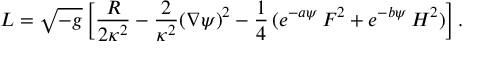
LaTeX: L = { \sqrt { - g } } \left[ { \frac { R } { 2 \kappa ^ { 2 } } } - { \frac { 2 } { \kappa ^ { 2 } } } ( \nabla \psi ) ^ { 2 } - { \frac { 1 } { 4 } } \, ( e ^ { - a \psi } \, F ^ { 2 } + e ^ { - b \psi } \, H ^ { 2 } ) \right] .